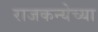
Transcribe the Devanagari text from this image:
राजकन्येच्या